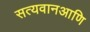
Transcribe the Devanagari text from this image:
सत्यवानआणि